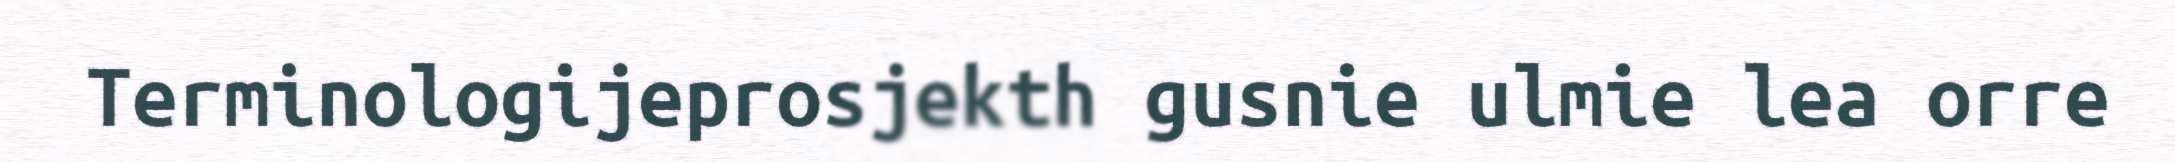
Terminologijeprosjekth gusnie ulmie lea orre